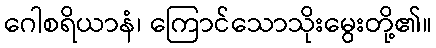
ဂေါစရိယာနံ၊ ကြောင်သောသိုးမွေးတို့၏။